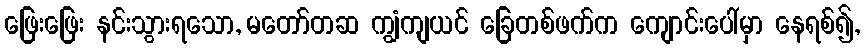
ဖြေးဖြေး နင်းသွားရသော, မတော်တဆ ကျွံကျယင် ခြေတစ်ဖက်က ကျောင်းပေါ်မှာ နေရစ်၍,